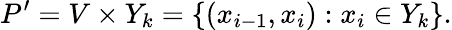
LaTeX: P^{\prime}=V\times Y_{k}=\{ (x_{i-1},x_{i}):x_{i}\in Y_{k}\} .